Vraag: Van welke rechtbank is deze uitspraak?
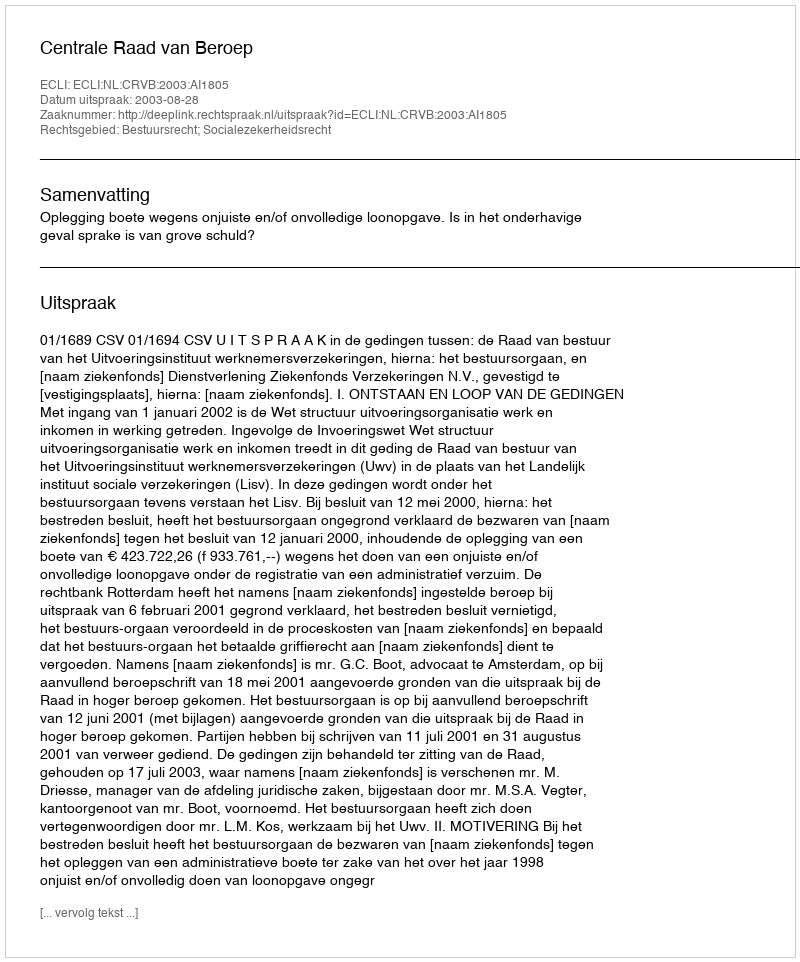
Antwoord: Centrale Raad van Beroep